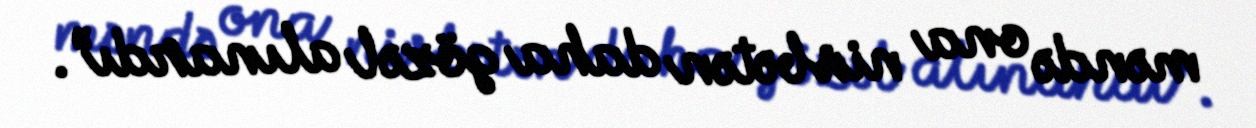
məndə ona nisbətən daha gözəl alınardı”.